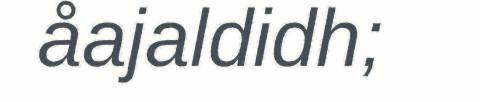
åajaldidh;